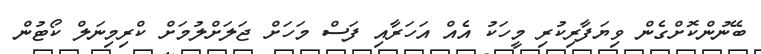
ބޭނުންކޮށްގެން ވިޔަފާރިކުރި މީހަކު އެއް އަހަރާއި ފަސް މަހަށް ޖަލަށްލުމަށް ކްރިމިނަލް ކޯޓުން